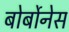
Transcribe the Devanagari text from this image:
बोर्बोनेस